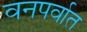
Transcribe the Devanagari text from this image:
वनपर्वात